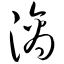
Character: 滴